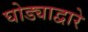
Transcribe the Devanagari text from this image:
घोड्याद्वारे